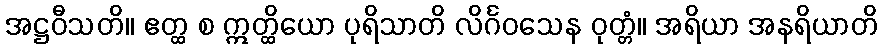
အဋ္ဌဝီသတိ။ ဧတ္ထ စ ဣတ္ထိယော ပုရိသာတိ လိင်္ဂဝသေန ဝုတ္တံ။ အရိယာ အနရိယာတိ